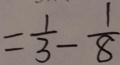
= \frac { 1 } { 3 } - \frac { 1 } { 8 }